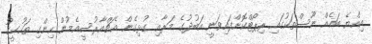
އިއްޔެ ބައެއް ނޫސްތަކުގައި ރިޕޯޓްކޮށްފައިވަނީ އަބުދުގެ މަރާއި ގުޅިގެން އެޗްއާރުސީއެމުން ހިންގި ތަހުގީގު